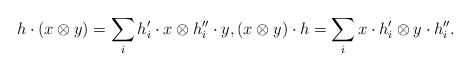
\begin{align*}h\cdot(x\otimes y) =\sum_{i}h'_i\cdot x\otimes h''_i\cdot y,(x\otimes y)\cdot h =\sum_{i}x\cdot h'_i\otimes y\cdot h''_i.\end{align*}